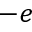
- e